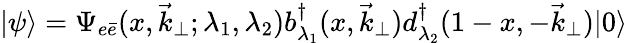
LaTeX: |\psi\rangle=\Psi_{e\bar{e}}(x,\vec{k}_{\perp};\lambda_{1},\lambda_{2})b_{\lambda_{1}}^{\dagger}(x,\vec{k}_{\perp})d_{\lambda_{2}}^{\dagger}(1-x,-\vec{k}_{\perp})|0\rangle